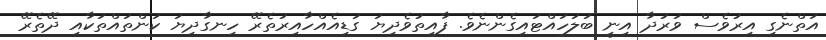
އަތްނެގި އިރުވެސް ވަރުދާ އިނީ ބަލަހައްޓައިގެންނެވެ. ފާއިތުވެދިޔަ ގަޑިއެއްހާއިރުތެރޭ ހިނގާދިޔަ ކަންތައްތަކާއި ދޭތެރޭ